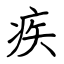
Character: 疾